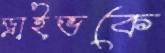
ড্রাইভকে